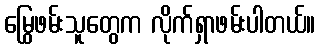
မြွေဖမ်းသူတွေက လိုက်ရှာဖမ်းပါတယ်။